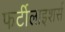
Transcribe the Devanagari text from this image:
फर्टीलाइशर्स